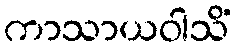
ကာသာယဝါသိံ